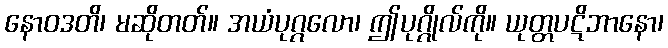
နောဝဒတိ၊ မဆိုတတ်။ အယံပုဂ္ဂလော၊ ဤပုဂ္ဂိုလ်ကို။ ယုတ္တပဋိဘာနော၊